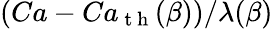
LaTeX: \left(Ca-Ca_{\mathrm{~t~h~}}(\beta)\right)/\lambda(\beta)